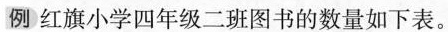
例红旗小学四年级二班图书的数量如下表。